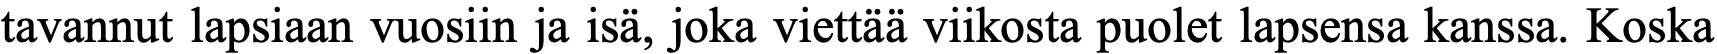
tavannut lapsiaan vuosiin ja isä, joka viettää viikosta puolet lapsensa kanssa. Koska